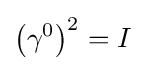
\left(\gamma ^{0}\right)^{2}=I